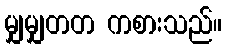
မျှမျှတတ ကစားသည်။